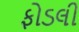
ફોડલી